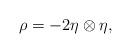
LaTeX: \begin{align*}\rho=-2\eta\otimes\eta,\end{align*}